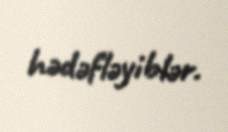
hədəfləyiblər.